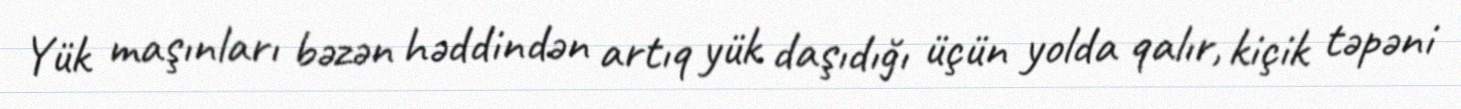
Yük maşınları bəzən həddindən artıq yük daşıdığı üçün yolda qalır, kiçik təpəni